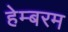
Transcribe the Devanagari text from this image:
हेम्बरम